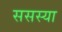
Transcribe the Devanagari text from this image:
ससस्या